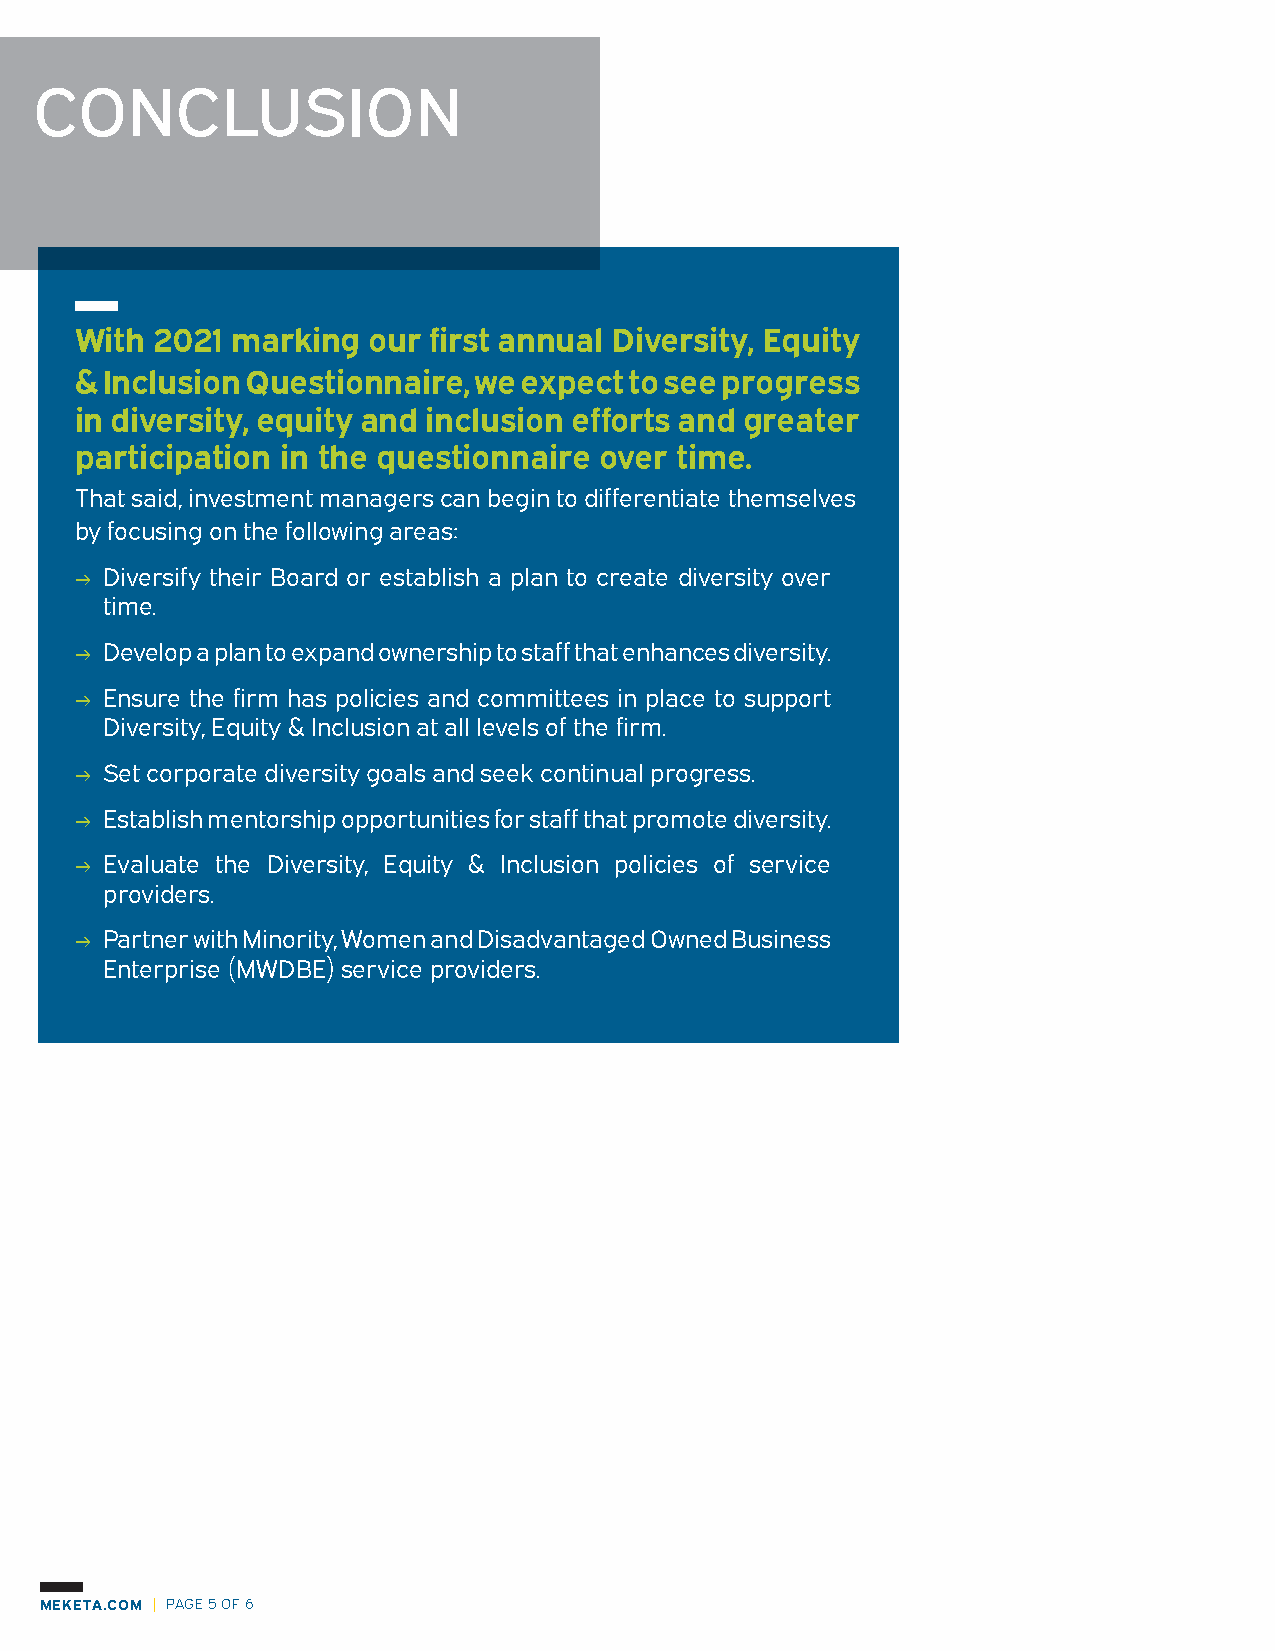
CONCLUSION
 With 2021 marking  our first annual Diversity, Equity
 & Inclusion Questionnaire, we expect to see progress
 in diversity, equity and inclusion efforts and greater
 participation in the questionnaire over time.
 That said, investment managers can begin to differentiate themselves
 by focusing on the following areas:
 → Diversify their Board or establish a plan to create diversity over
 time.
 → Develop a plan to expand ownership to staff that enhances diversity.
 → Ensure the firm has policies and committees in place to support
 Diversity, Equity & Inclusion at all levels of the firm.
 → Set corporate diversity goals and seek continual progress.
 → Establish mentorship opportunities for staff that promote diversity.
 → Evaluate the Diversity, Equity & Inclusion policies of service
 providers.
 → Partner with Minority, Women and Disadvantaged Owned Business
 Enterprise (MWDBE) service providers.
 MEKETA.COM | PAGE 5 OF 6